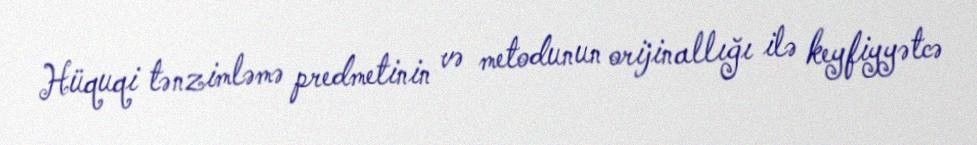
Hüquqi tənzimləmə predmetinin və metodunun orijinallığı ilə keyfiyyətcə